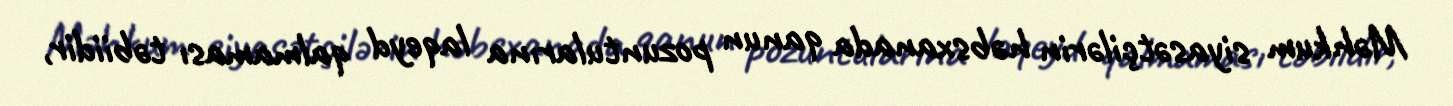
Məhkum siyasətçilərin həbsxanada qanun pozuntularına laqeyd qalmaması təbiidir,